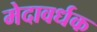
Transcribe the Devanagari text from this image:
मेदावर्धक